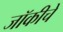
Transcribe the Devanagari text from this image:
जॉकीचे